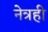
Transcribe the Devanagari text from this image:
नेत्रही